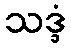
သဒ္ဒံ